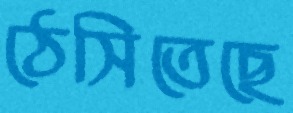
ঠেসিতেছে